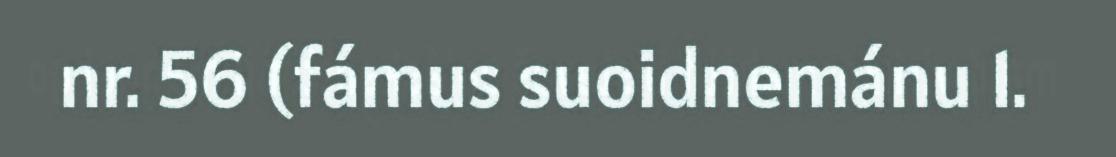
nr. 56 (fámus suoidnemánu 1.